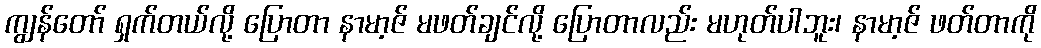
ကျွန်တော် ရှက်တယ်လို့ ပြောတာ နာမာ့ဇ် မဖတ်ချင်လို့ ပြောတာလည်း မဟုတ်ပါဘူး၊ နာမာ့ဇ် ဖတ်တာကို